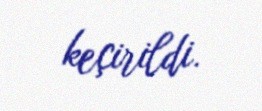
keçirildi.